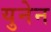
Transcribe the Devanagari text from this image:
युनेन